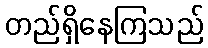
တည်ရှိနေကြသည်